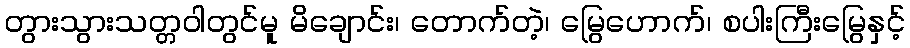
တွားသွားသတ္တဝါတွင်မူ မိချောင်း၊ တောက်တဲ့၊ မြွေဟောက်၊ စပါးကြီးမြွေနှင့်